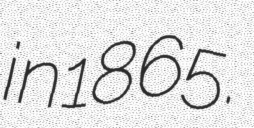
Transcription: in 1865.